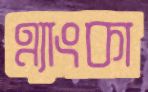
এ্যাংকা